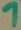
Text: 1